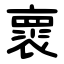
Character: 褱